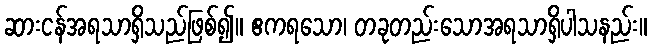
ဆားငန်အရသာရှိသည်ဖြစ်၍။ ဧကရသော၊ တခုတည်းသောအရသာရှိပါသနည်း။